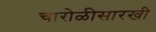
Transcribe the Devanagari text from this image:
चारोळीसारखी